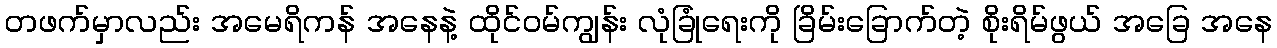
တဖက်မှာလည်း အမေရိကန် အနေနဲ့ ထိုင်ဝမ်ကျွန်း လုံခြုံရေးကို ခြိမ်းခြောက်တဲ့ စိုးရိမ်ဖွယ် အခြေ အနေ